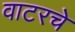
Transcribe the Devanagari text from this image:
वाटरचे